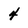
Character: 4